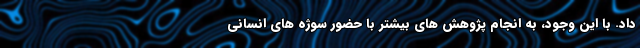
داد. با این وجود، به انجام پژوهش های بیشتر با حضور سوژه های انسانی